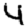
Digit: 4